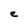
Character: e